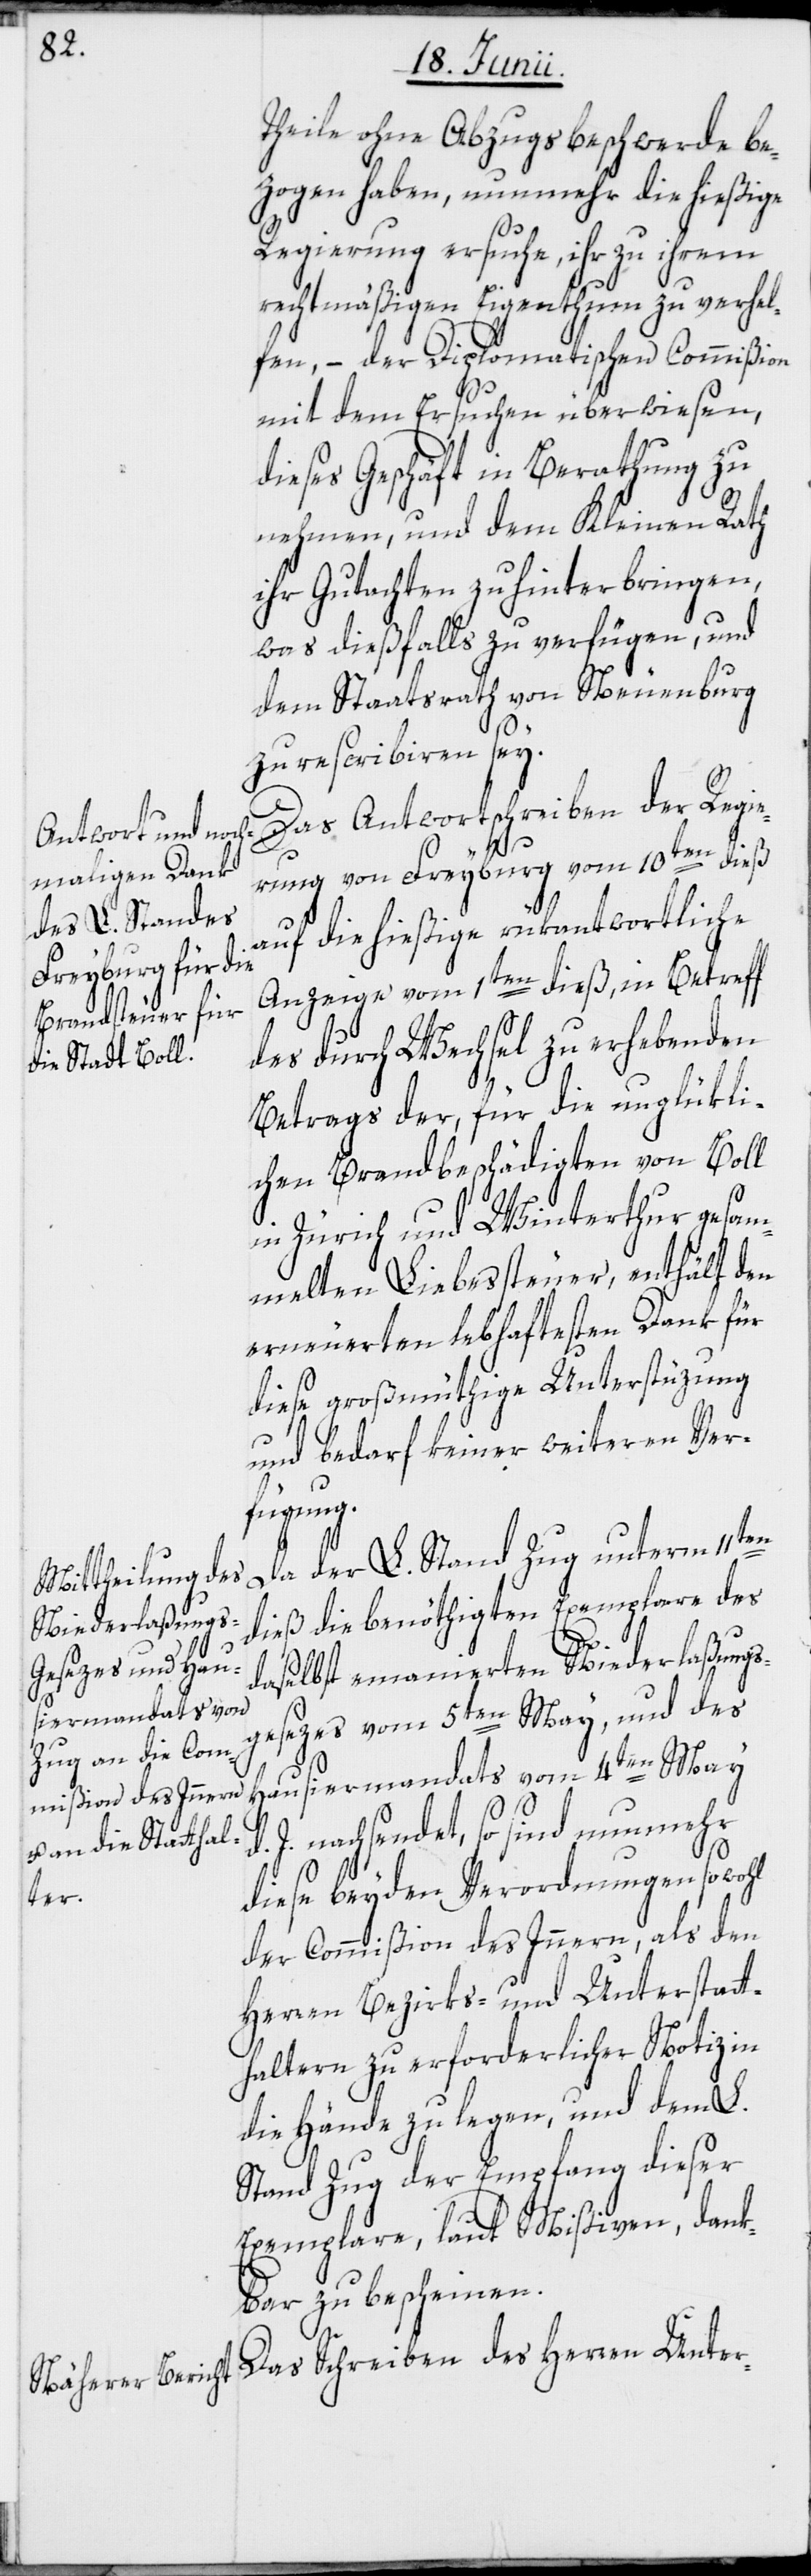
Theile ohne Abzugsbeschwerde be¬
zogen haben, nunmehr die hießige
Regierung ersuche, ihr zu ihrem
rechtmäßigen Eigenthum zu verhel¬
fen, – der Diplomatischen Commißion
mit dem Ersuchen überwiesen,
dieses Geschäft in Berathung zu
nehmen, und dem Kleinen Rath
ihr Gutachten zu hinterbringen,
was dießfalls zu verfügen, und
dem Staatsrath von Neuenburg
zu rescribiren sey.
Das Antwortschreiben der Regie¬
rung von Freyburg vom 10ten dieß
d.
auf die hießige rükantwortliche
Anzeige vom 1ten dieß, in Betreff
des durch Wechsel zu erhebenden
Betrags der, für die unglükli¬
chen Brandbeschädigten von Boll
in Zürich und Winterthur gesam¬
melten Liebessteuer, enthält den
erneuerten lebhaftesten Dank für
diese großmüthige Unterstüzung
und bedarf keiner weiteren Ver¬
fügung.
Da der L. Stand Zug unterm 11ten
dieß die benöthigten Exemplare des
daselbst emanierten Niederlaßungs¬
gesezes vom 5ten May, und des
Hausiermandats vom 4ten May
J. nachsendet, so sind nunmehr
diese beyden Verordnungen sowohl
der Commißion des Innern, als den
Herren Bezirks- und Unterstatt¬
haltern zu erforderlicher Notiz in
die Hände zu legen, und dem L.
Stand Zug der Empfang dieser
Exemplare, laut Mißiven, dank¬
bar zu bescheinen.
Das Schreiben des Herren Unter-